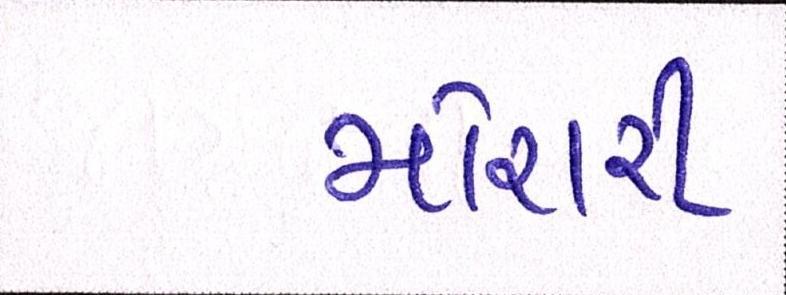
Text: મોરારી